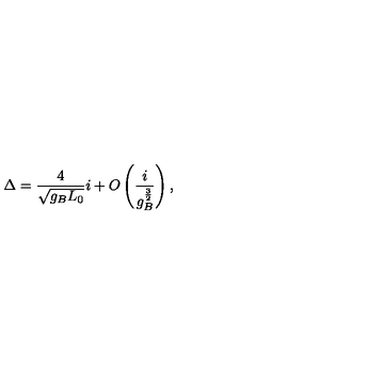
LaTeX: \Delta = { \frac { 4 } { \sqrt { g _ { B } L _ { 0 } } } } i + O \left( { \frac { i } { g _ { B } ^ { \frac { 3 } { 2 } } } } \right) ,